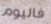
فاليوم